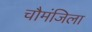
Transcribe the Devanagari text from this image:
चौमंजिला